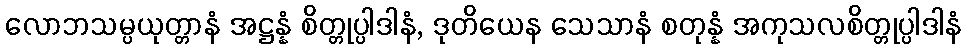
လောဘသမ္ပယုတ္တာနံ အဋ္ဌန္နံ စိတ္တုပ္ပါဒါနံ, ဒုတိယေန သေသာနံ စတုန္နံ အကုသလစိတ္တုပ္ပါဒါနံ